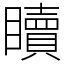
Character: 𥌚